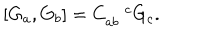
\left[ G _ { a } , G _ { b } \right] = C _ { a b } ^ { \quad c } G _ { c } .